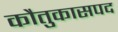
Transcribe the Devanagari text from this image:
काैतुकासपद